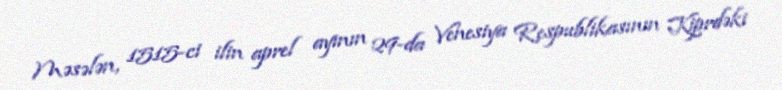
Məsələn, 1515-ci ilin aprel ayının 29-da Venesiya Respublikasının Kiprdəki